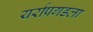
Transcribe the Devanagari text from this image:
यर्राप्रगडला